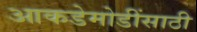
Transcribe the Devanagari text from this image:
आकडेमोडींसाठी